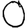
Digit: 0